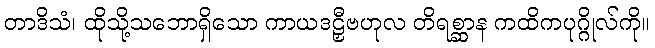
တာဒိသံ၊ ထိုသို့သဘောရှိသော ကာယဒဠှီဗဟုလ တိရစ္ဆာန ကထိကပုဂ္ဂိုလ်ကို။